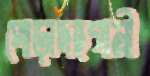
পোড়াদহগামী